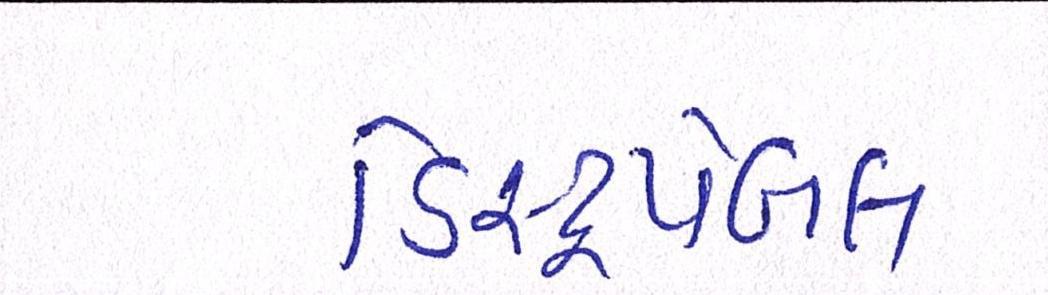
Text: ડિસ્ટ્રપેબલ